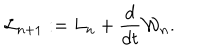
LaTeX: { \cal L } _ { n + 1 } : = L _ { n } + { \frac { d } { d t } } { \cal W } _ { n } .